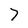
Character: 7